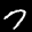
Label: 7